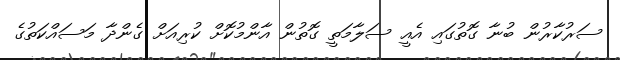
ސަރުކާރުން ބުނާ ގޮތުގައި އެއީ ސަލާމަތީ ގޮތުން އާންމުކޮށް ކުރިއަށް ގެންދާ މަސައްކަތުގެ